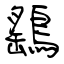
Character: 鷂